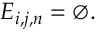
E _ { i , j , n } = \emptyset .